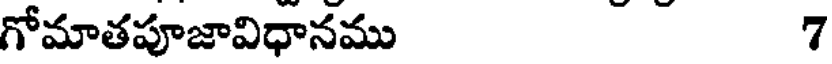
గోమాతపూజావిధానము 7